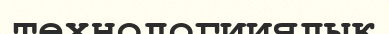
технологииялық